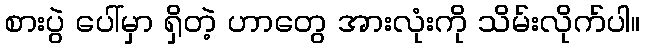
စားပွဲ ပေါ်မှာ ရှိတဲ့ ဟာတွေ အားလုံးကို သိမ်းလိုက်ပါ။